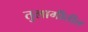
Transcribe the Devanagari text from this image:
तुलागीतील